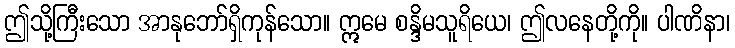
ဤသို့ကြီးသော အာနုဘော်ရှိကုန်သော။ ဣမေ စန္ဒိမသူရိယေ၊ ဤလနေတို့ကို။ ပါဏိနာ၊